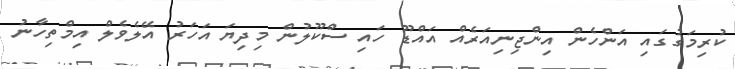
ކުރިމަގުގައި އަންހެން އިންޖިނިއަރެއް އައްޑޫ ހައި ސްކޫލުން މިދިޔަ އަހަރު އޭލެވެލް އިމްތިހާނު